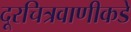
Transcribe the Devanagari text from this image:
दूरचित्रवाणीकडे